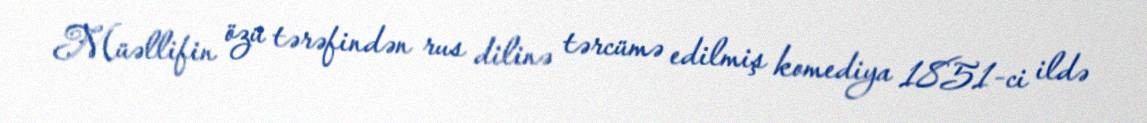
Müəllifin özü tərəfindən rus dilinə tərcümə edilmiş komediya 1851-ci ildə